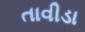
તાવીડા